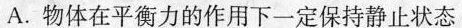
A.物体在平衡力的作用下一定保持静止状态